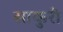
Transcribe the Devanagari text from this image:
साकुरी